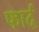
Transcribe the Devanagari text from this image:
फार्द